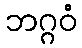
ဘဂ္ဂဝံ